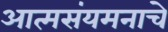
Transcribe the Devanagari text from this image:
आत्मसंयमनाचे